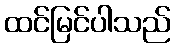
ထင်မြင်ပါသည်